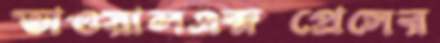
ভাওয়ালএক্সপ্রেসের